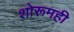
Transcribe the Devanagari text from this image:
शोरूमही